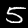
Digit: 5